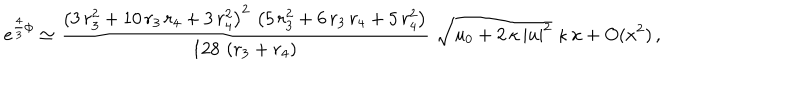
LaTeX: e ^ { \frac 4 3 \phi } \simeq \frac { \left( 3 \, r _ { 3 } ^ { 2 } + 1 0 \, r _ { 3 } \, r _ { 4 } + 3 \, r _ { 4 } ^ { 2 } \right) ^ { 2 } \, \left( 5 \, r _ { 3 } ^ { 2 } + 6 \, r _ { 3 } \, r _ { 4 } + 5 \, r _ { 4 } ^ { 2 } \right) } { 1 2 8 \, \left( r _ { 3 } + r _ { 4 } \right) } \, \, \sqrt { u _ { 0 } + 2 \, \kappa \, | u | ^ { 2 } } \; \kappa \, x + O ( x ^ { 2 } ) \, ,